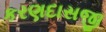
કરણદાસજી